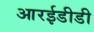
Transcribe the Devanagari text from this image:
आरईडीडी